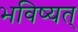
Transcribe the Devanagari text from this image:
भविष्यत्‌